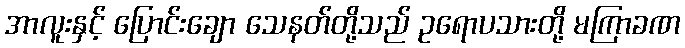
အာလူးနှင့် ပြောင်းချော သေနတ်တို့သည် ဥရောပသားတို့ မကြာခဏ